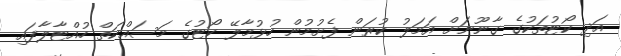
އަދި ކޯޓުތަކުގެ ގާނޫނަށް އަމަލު ކުރަން ފެށުމުން ހުޅުމާލޭ ކޯޓުގެ މަސައްކަތް ހުއްޓާލާފައި